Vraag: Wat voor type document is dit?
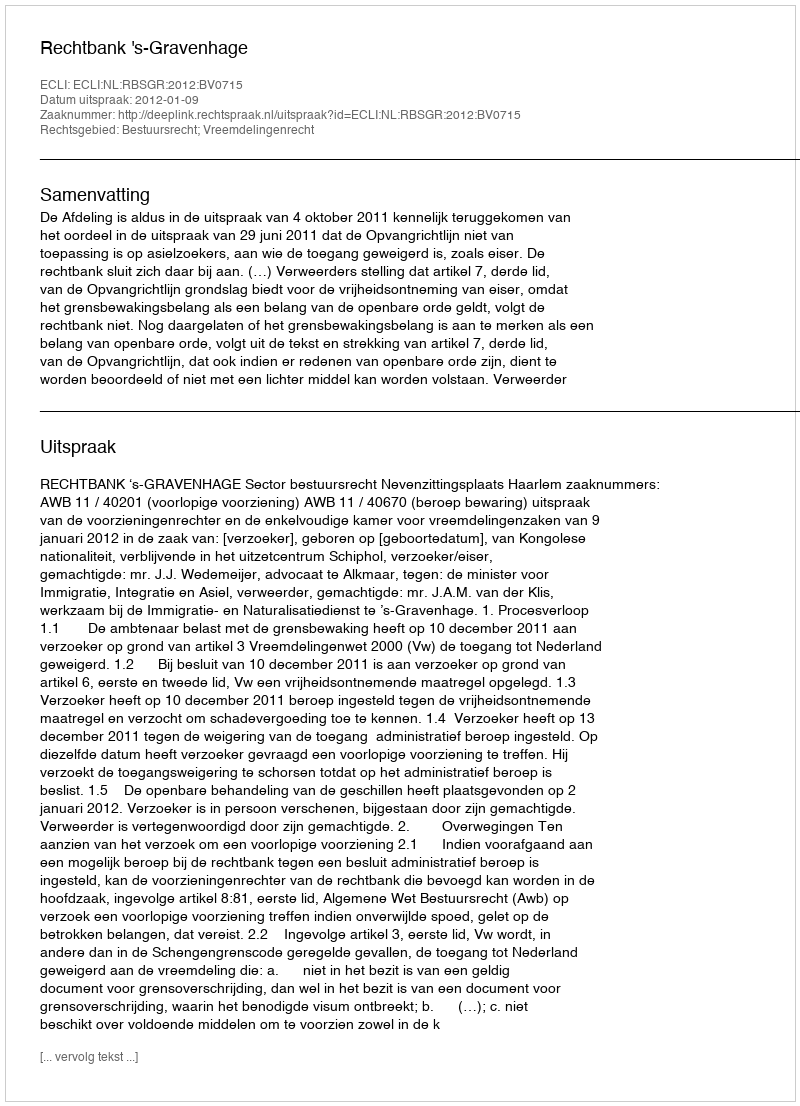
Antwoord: Uitspraak